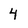
Character: 4